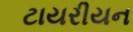
ટાયરીયન